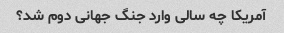
آمریکا چه سالی وارد جنگ جهانی دوم شد؟